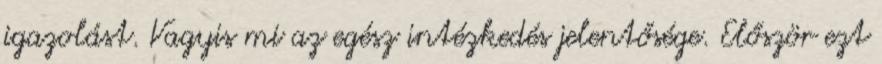
igazolást. Vagyis mi az egész intézkedés jelentősége. Először ezt